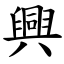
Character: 興